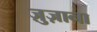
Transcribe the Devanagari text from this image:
ज़ुज़ाना